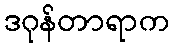
ဒဂုန်တာရာက